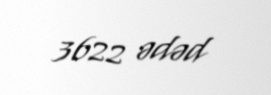
3622 ədəd